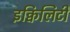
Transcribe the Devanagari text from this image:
इक्विलिटी